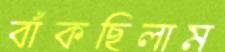
বাঁকছিলাম